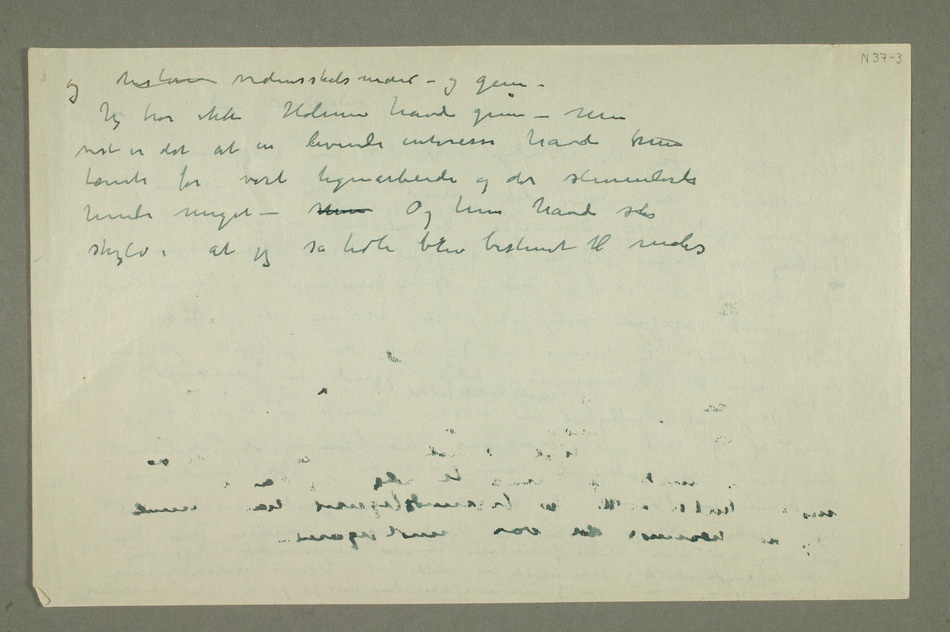
og histori videnskabsmand – og geni
Jeg tror ikke Holmene havde geni – Men vist er det
levende interesse havde hun
tante for vort
tegnearbeide og det stimulerte
hende meget –